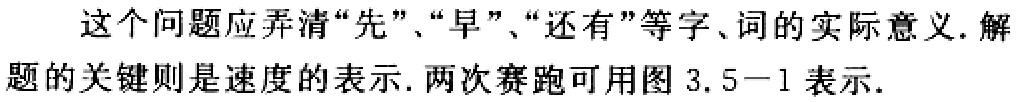
这个问题应弄清“先”、“早”、“还有”等字、词的实际意义. 解题的关键则是速度的表示. 两次赛跑可用图 3.5−1 表示.